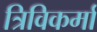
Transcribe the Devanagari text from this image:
त्रिविकर्मा